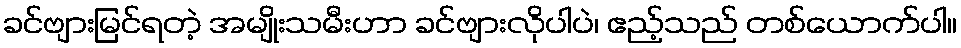
ခင်ဗျားမြင်ရတဲ့ အမျိုးသမီးဟာ ခင်ဗျားလိုပါပဲ၊ ဧည့်သည် တစ်ယောက်ပါ။